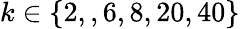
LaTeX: k\in\{ 2,,6,8,20,40\}